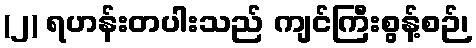
(၂) ရဟန်းတပါးသည် ကျင်ကြီးစွန့်စဉ်၊